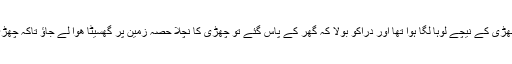
اس نے کہا میری چھڑی لے جاؤ اس کے چھڑی کے نیچے لوہا لگا ہوا تھا اور دراؔکو بولا کہ گھر کے پاس گئے تو چھڑی کا نچلا حصہ زمین پر گھسیٹا ھوا لے جاؤ تاکہ چھڑی سے آواز آئے وہ اس کی آواز پہچانے گی۔